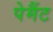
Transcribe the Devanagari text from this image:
पेमैंट